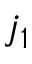
j _ { 1 }